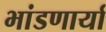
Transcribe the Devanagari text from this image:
भांडणार्या